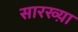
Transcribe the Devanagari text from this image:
सारख्य़ा